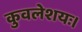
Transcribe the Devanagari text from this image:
कुवलेशयः।